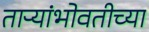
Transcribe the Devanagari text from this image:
ताऱ्यांभोवतीच्या